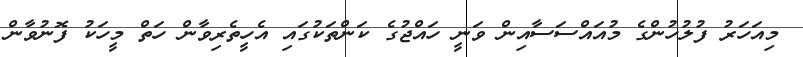
މިއަހަރު ފުލުހުންގެ މުއައްސަސާއިން ވަނީ ހައްޖުގެ ކަންތަކުގައި އެހީތެރިވާން ހަތް މީހަކު ފޮނުވާން